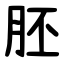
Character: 胚